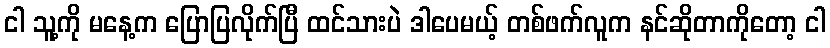
ငါ သူ့ကို မနေ့က ပြောပြလိုက်ပြီ ထင်သားပဲ ဒါပေမယ့် တစ်ဖက်လူက နင်ဆိုတာကိုတော့ ငါ